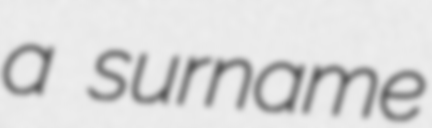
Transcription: a surname